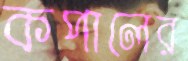
কপালের